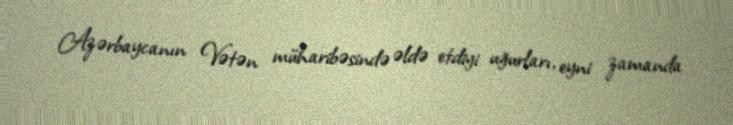
Azərbaycanın Vətən müharibəsində əldə etdiyi uğurları, eyni zamanda